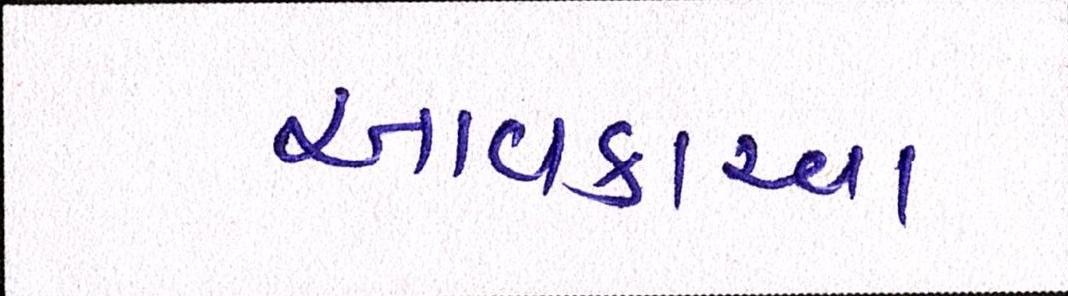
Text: આવકારવા